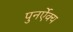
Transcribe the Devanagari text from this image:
पुनर्ऐक्य